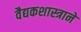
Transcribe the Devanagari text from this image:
वैद्यकशास्त्राने